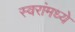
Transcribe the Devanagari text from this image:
स्वरांमध्ये